Vaccination in Bombay 1902-1912 - 1902-1912
Year: 1902
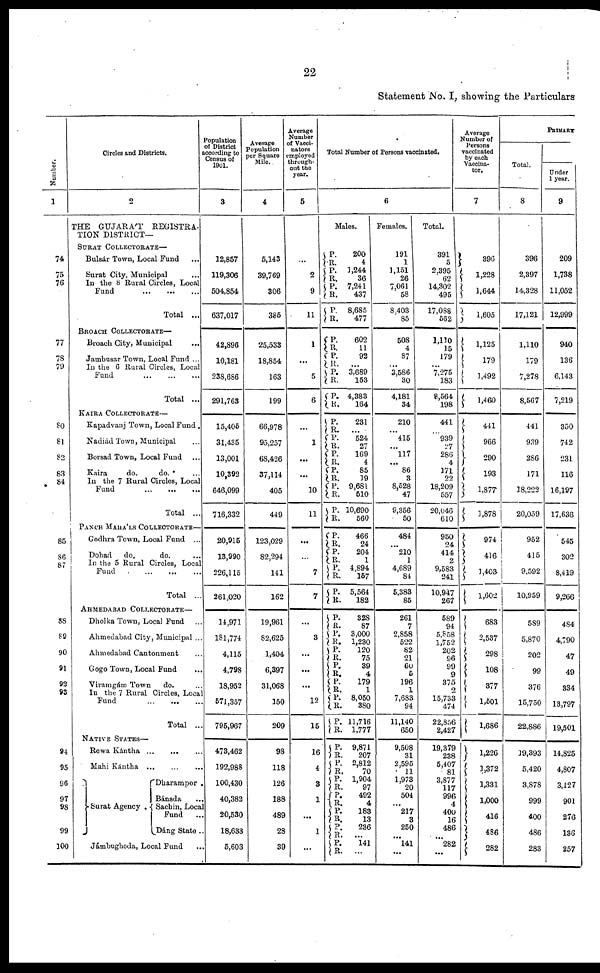
22
Statement No. I, showing the Particulars
Number.
1
74
75
76
77
78
79
80
81
82
83
84
85
86
87
88
89
90
91
92
93
94
95
96
97
98
99
100
Circles and Districts.
2
THE GUJARÁT REGISTRA-
TION DISTRICT—
SURAT COLLECTORATE—
Bulsár Town, Local Fund ...
Surat City, Municipal ...
In the 8 Rural Circles, Local
Fund
...
...
...
Total ...
BROACH COLLECTORATE—
Broach City, Municipal
...
Jambusar Town, Local Fund ...
In the 6 Rural Circles, Local
Fund
...
...
...
Total ...
KAIRA COLLECTORATE—
Kapadvanj Town, Local Fund .
Nadiád Town, Municipal ...
Borsad Town, Local Fund ...
Kaira
do.
do. ...
In the 7 Rural Circles, Local
Fund
...
...
...
Total ...
PANCH MAHÁLS COLLECTORATE—
Godhra Town, Local Fund ...
Dohad
do.
do. ...
In the 5 Rural Circles, Local
Fund
...
...
...
Total ...
AHMEDABAD COLLECTORATE—
Dholka Town, Local Fund ...
Ahmedabad City, Municipal ...
Ahmedabad Cantonment ...
Gogo Town, Local Fund ...
Viramgám Town
do. ...
In the 7 Rural Circles, Local
Fund
...
...
...
Total ...
NATIVE STATES—
Rewa Kántha ... ... ...
Mahi Kántha
...
...
...
Surat Agency .
Dharampor.
Bánsda ...
Sachin, Local
Fund ...
Dáng State ..
Jámbughoda, Local Fund ...
Population
of District
according to
Census of
1901.
3
12,857
119,306
504,854
637,017
42,896
10,181
238,686
291,763
15,405
31,435
13,001
10,392
646,099
716,332
20,915
13,990
226,115
261,020
14,971
181,774
4,115
4,798
18,952
571,357
795,967
473,462
192,988
100,430
40,382
20,530
18,633
5,603
Average
Population
per Square
Mile..
4
5,143
39,769
306
385
25,533
18,854
163
199
66,978
95,257
68,426
37,114
405
449
123,029
82,294
141
162
19,961
82,625
1,404
6,397
31,068
150
209
98
118
126
188
489
28
39
Average
Number
of Vacci-
nators
employed
through-
out the
year.
5
...
2
9
11
1
...
5
6
...
1
...
...
30
11
...
...
7
7
...
3
...
...
...
12
15
16
4
3
1
...
1
...
Total Number of Persons vaccinated.
6
Males.
P.
R.
P.
R.
P.
R.
P.
R.
P.
R.
P.
R.
P.
R.
P.
R.
P.
R.
P.
R.
P.
R.
P.
R.
P.
R.
P.
R.
P.
R. P.
R.
P.
R.
P.
R.
P. R.
P.
R.
P.
R.
P.
R. P.
R.
P.
R.
P.
R.
P.
R.
P.
R.
P.
R.
P.
R.
P.
R.
P.
R.
P.
R.
200
4
1,244
36
7,241
437
8,685
477
602
11
92
...
3,689
153
4,383
164
231
...
524
27
169
4
85
19
9,681
510
10,690
560
466
24
204
1
4,894
157
5,564
182
328
87
3,000
1,230
120
75
39
4
179
1
8,050
380
11,716
1,777
9,871
207
2,812
70
1,904
97
492
4
183
13
236
...
141
...
Females.
191
1
1,151
26
7,061
58
8,403
85
508
4
87
...
3,586
30
4,181
34
210
...
415
...
117
... 86
3
8,528
47
9,356
50
484
...
210
1
4,689
84
5,383
85
261
7
2,858
522
82
21
60
5
196
1
7,683
94
11,140
650
9,508
31
2,595
11
1,973
20
504
...
217
3
250
...
141
...
Total.
391
5
2,395
62
14,302
495
17,088
562
1,110
15
179
...
7,275
183
8,564
198
441
...
939
27
286
4
171
22
18,209
557
20,046
610
950
24
414
2
9,583
241
10,947
267
589
94
6,858
1,752
202
96
99
9
375
2
15,733
474
22,856
2,427
19,379
238
5,407
81
3,877
117
996
4
400
16
486
...
282
...
Average
Number of
Persona
vaccinated
by each
Vaccina-
tor.
7
396
1,228
1,644
1,605
1,125
179
1,492
1,460
441
966
290
193
1,877
1,878
974
416
1,403
1,602
683
2,537
298
108
377
1,501
1,686
1,226
1,372
1,331
1,000
416
486
282
PRIMARY
Total.
8
396
2,397
14,328
17,121
1,110
179
7,278
8,567
441
939
286
171
18,222
20,059
952
415
9,592
10,959
589
5,870
202
99
376
15,750
22,886
19,393
5,420
3,878
999
400
486
283
Under
1 year.
9
209
1,738
11,052
12,999
940
136
6,143
7,219
350
742
231
116
16,197
17,636
545
302
8,419
9,266
484
4,790
47
49
334
13,797
19,501
14,825
4,807
3,127
901
276
136
257